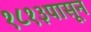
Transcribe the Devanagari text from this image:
१८१३पासून